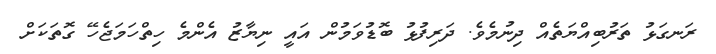
ރަނގަޅު ތަރުބިއްޔަތެއް ދިނުމެވެ. ދަރިފުޅު ބޮޑުވަމުން އައީ ނިޔާޒު އެންމެ ހިތްހަމަޖެހޭ ގޮތަކަށް